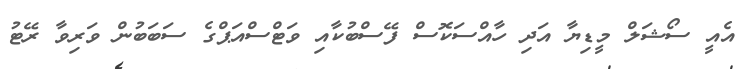
އެއީ ސޯޝަލް މީޑިޔާ އަދި ހާއްސަކޮސް ފޭސްބުކާއި ވަޓްސްއަޕްގެ ސަބަބުން ވަރިވާ ރޭޓު